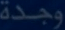
وجدة